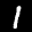
Label: 1